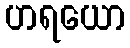
ဟရယော